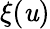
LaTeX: \xi(\mathit{u})